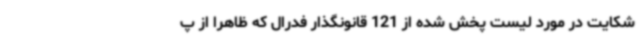
شکایت در مورد لیست پخش‌ شده از 121 قانونگذار فدرال که ظاهراً از پ